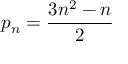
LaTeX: p _ { n } = { \frac { 3 n ^ { 2 } - n } { 2 } }